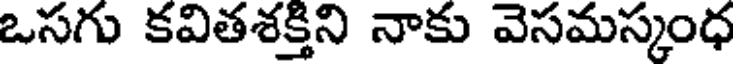
ఒసగు కవితశక్తిని నాకు వెసమస్కంధ